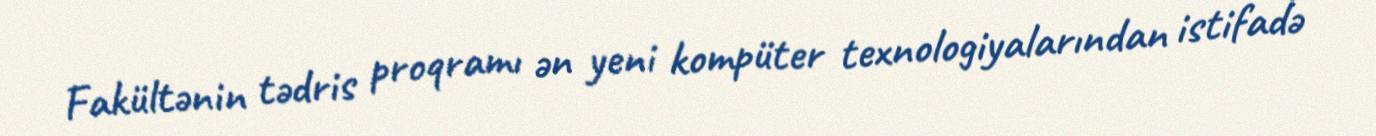
Fakültənin tədris proqramı ən yeni kompüter texnologiyalarından istifadə